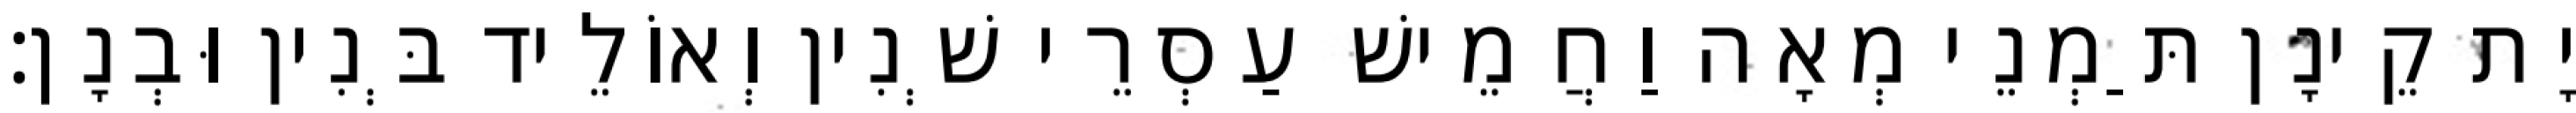
יָת קֵינָן תַּמְנֵי מְאָה וַחֲמֵישׁ עַסְרֵי שְׁנִין וְאוֹלֵיד בְּנִין וּבְנָן׃